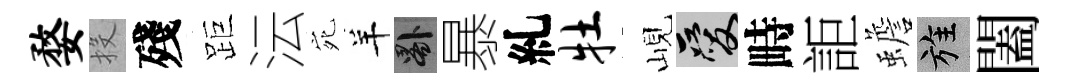
婺投殘距沄宛羊晷暴糺牡峴爱畤詎蟾旌闔